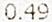
0.49